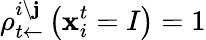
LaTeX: \rho_{t\leftarrow}^{i\setminus\mathbf{j}}\left(\mathbf{x}_{i}^{t}=I\right)=1